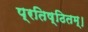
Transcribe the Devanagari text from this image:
प्रतिष्ठितम्‌।